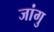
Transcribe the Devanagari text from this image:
जांगु